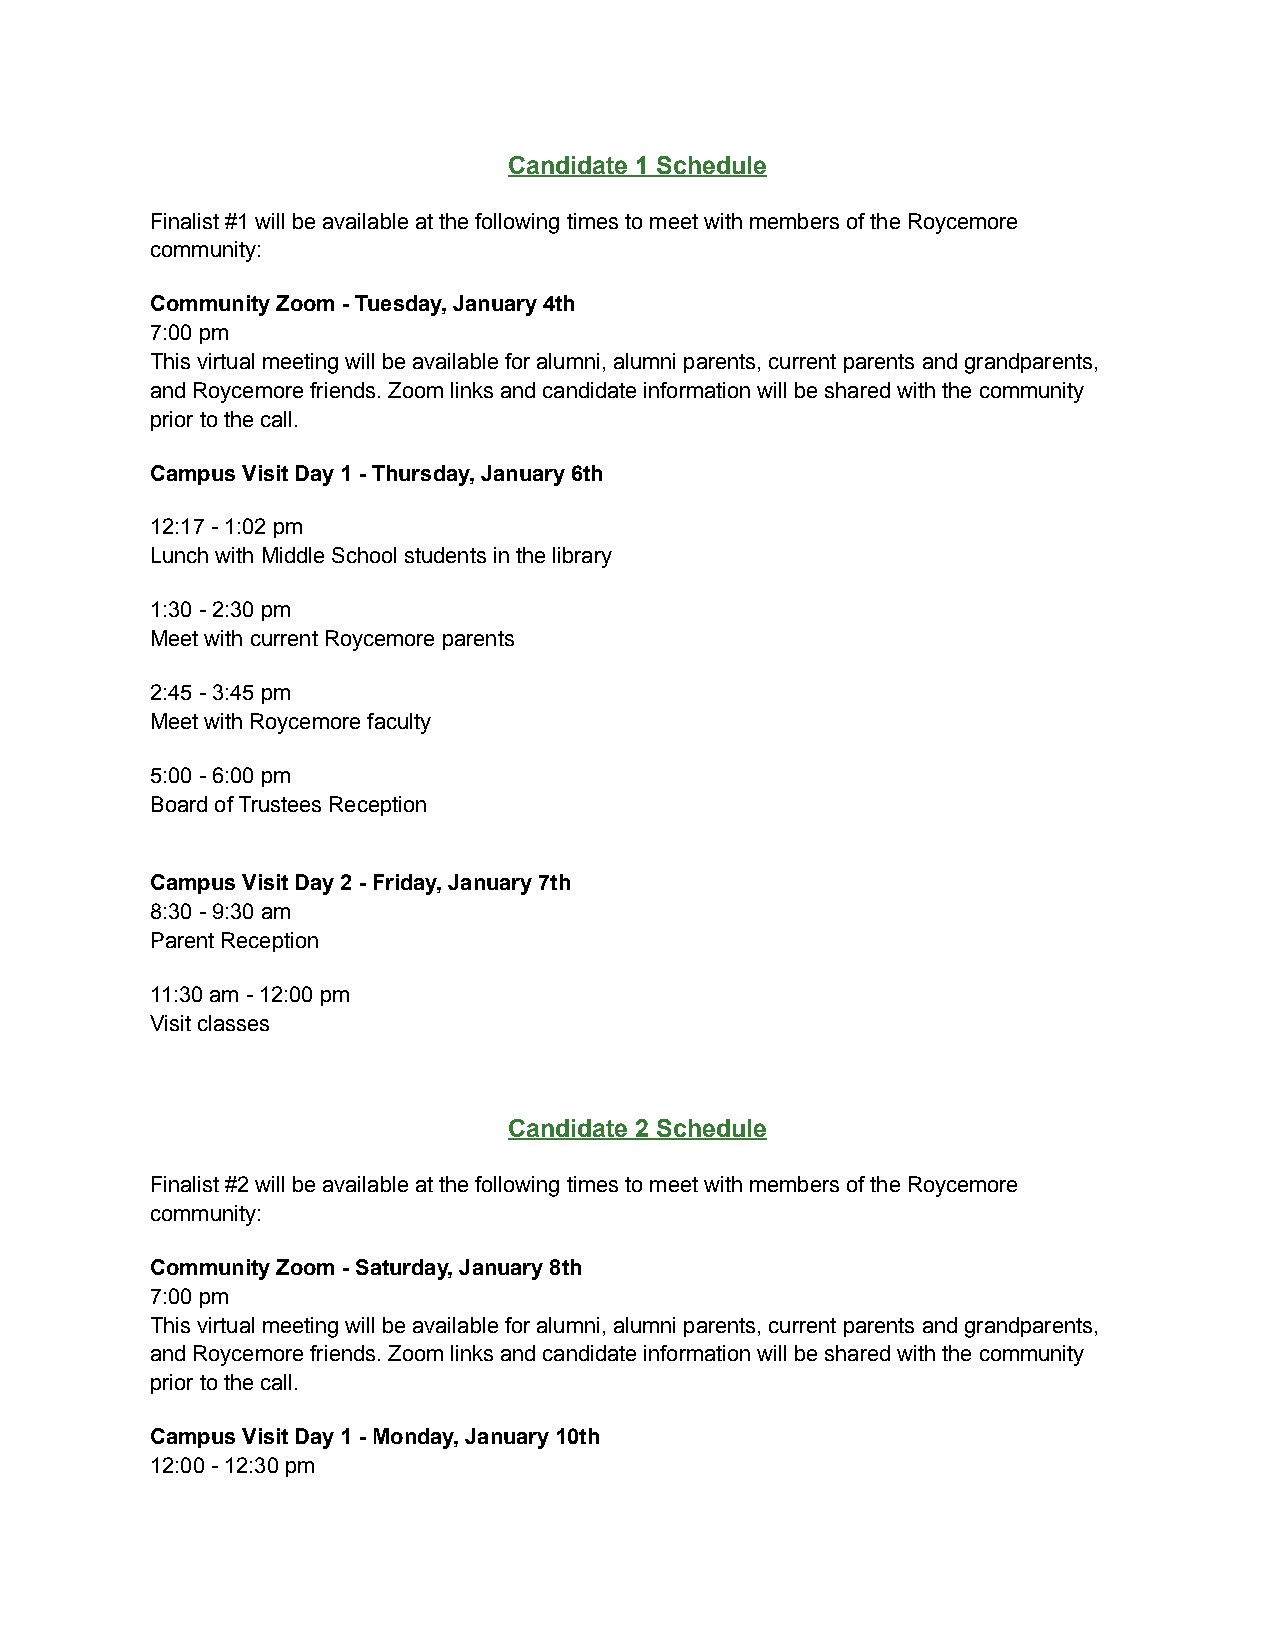
Candidate 1 Schedule
 Finalist #1 will be available at the following times to meet with members of the Roycemore
 community:
 Community Zoom - Tuesday, January 4th
 7:00 pm
 This virtual meeting will be available for alumni, alumni parents, current parents and grandparents,
 and Roycemore friends. Zoom links and candidate information will be shared with the community
 prior to the call.
 Campus Visit Day 1 - Thursday, January 6th
 12:17 - 1:02 pm
 Lunch with Middle School students in the library
 1:30 - 2:30 pm
 Meet with current Roycemore parents
 2:45 - 3:45 pm
 Meet with Roycemore faculty
 5:00 - 6:00 pm
 Board of Trustees Reception
 Campus Visit Day 2 - Friday, January 7th
 8:30 - 9:30 am
 Parent Reception
 11:30 am - 12:00 pm
 Visit classes
 Candidate 2 Schedule
 Finalist #2 will be available at the following times to meet with members of the Roycemore
 community:
 Community Zoom - Saturday, January 8th
 7:00 pm
 This virtual meeting will be available for alumni, alumni parents, current parents and grandparents,
 and Roycemore friends. Zoom links and candidate information will be shared with the community
 prior to the call.
 Campus Visit Day 1 - Monday, January 10th
 12:00 - 12:30 pm